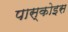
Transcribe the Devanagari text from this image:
पास्कोइस